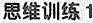
思维训练1